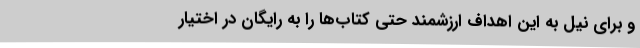
و برای نیل به این اهداف ارزشمند حتی کتاب‌ها را به رایگان در اختیار